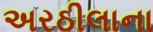
અરઠીલાના